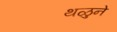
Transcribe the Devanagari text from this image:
थळुने